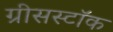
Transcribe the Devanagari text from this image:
ग्रीसस्टॉक